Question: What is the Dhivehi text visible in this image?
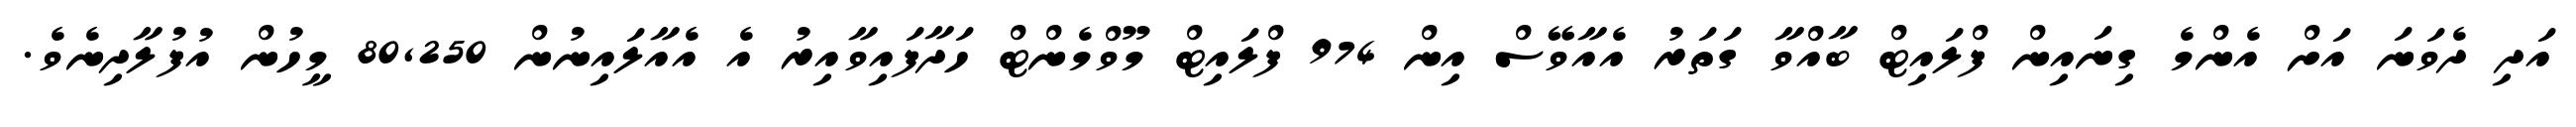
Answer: އަދި ދެވަނަ އަށް އެންމެ ގިނައިން ފްލައިޓް ބާއްވާ ގަތަރު އެއާވޭސް އިން 974 ފްލައިޓް މޫވްމެންޓް ހަދާފައިވާއިރު އެ އެއާލައިނުން 80,250 މީހުން އުފުލާދިނެވެ.